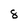
Character: 8